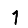
Digit: 1